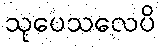
သုပေသလေပိ